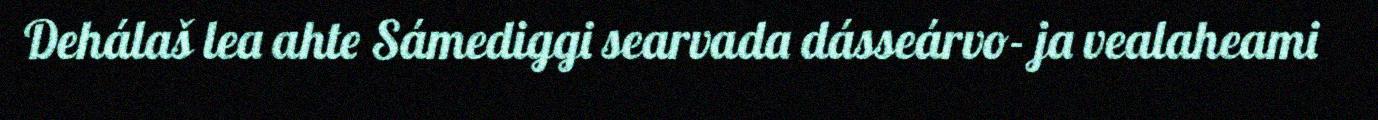
Dehálaš lea ahte Sámediggi searvada dásseárvo- ja vealaheami